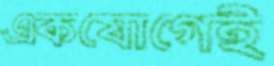
একযোগেই